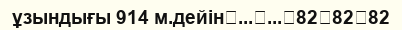
ұзындығы 914 м.дейін	...	...	82	82	82